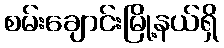
စမ်းချောင်းမြို့နယ်ရှိ